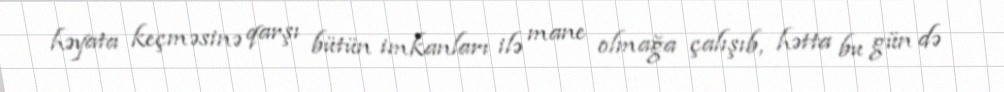
həyata keçməsinə qarşı bütün imkanları ilə mane olmağa çalışıb, hətta bu gün də